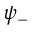
\psi _ { - }